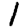
Digit: 1